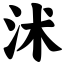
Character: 沭